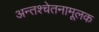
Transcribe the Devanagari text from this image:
अन्तश्चेतनामूलक